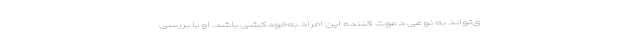
ی‌تواند به نوعی دعوت کننده این افراد به‌خودکشی باشد. او با بررسی